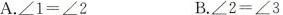
A.$$∠ 1 = ∠ 2$$ B.$$∠ 2 = ∠ 3$$